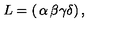
L = \left( \begin{matrix} { \alpha } & { \beta } \\ { \gamma } & { \delta } \\ \end{matrix} \right) ,